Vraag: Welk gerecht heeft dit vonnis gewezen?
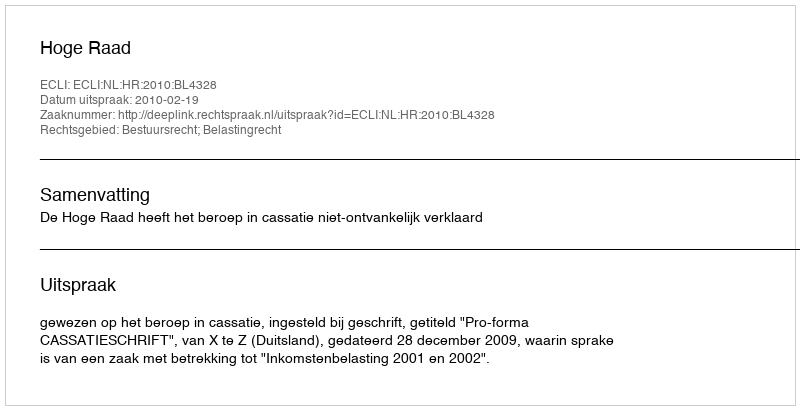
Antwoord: Hoge Raad